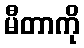
မီတာကို